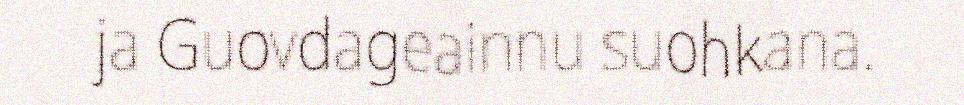
ja Guovdageainnu suohkana.